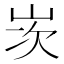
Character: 𡷑